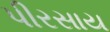
પીરસાય